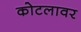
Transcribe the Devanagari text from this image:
कोटलावर